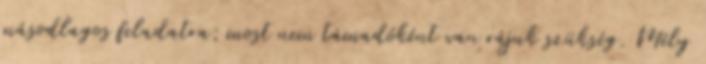
másodlagos feladatra; most nem támadóként van rájuk szükség. Mély